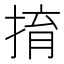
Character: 𢯡